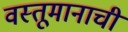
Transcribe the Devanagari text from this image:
वस्तूमानाची